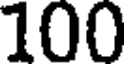
100